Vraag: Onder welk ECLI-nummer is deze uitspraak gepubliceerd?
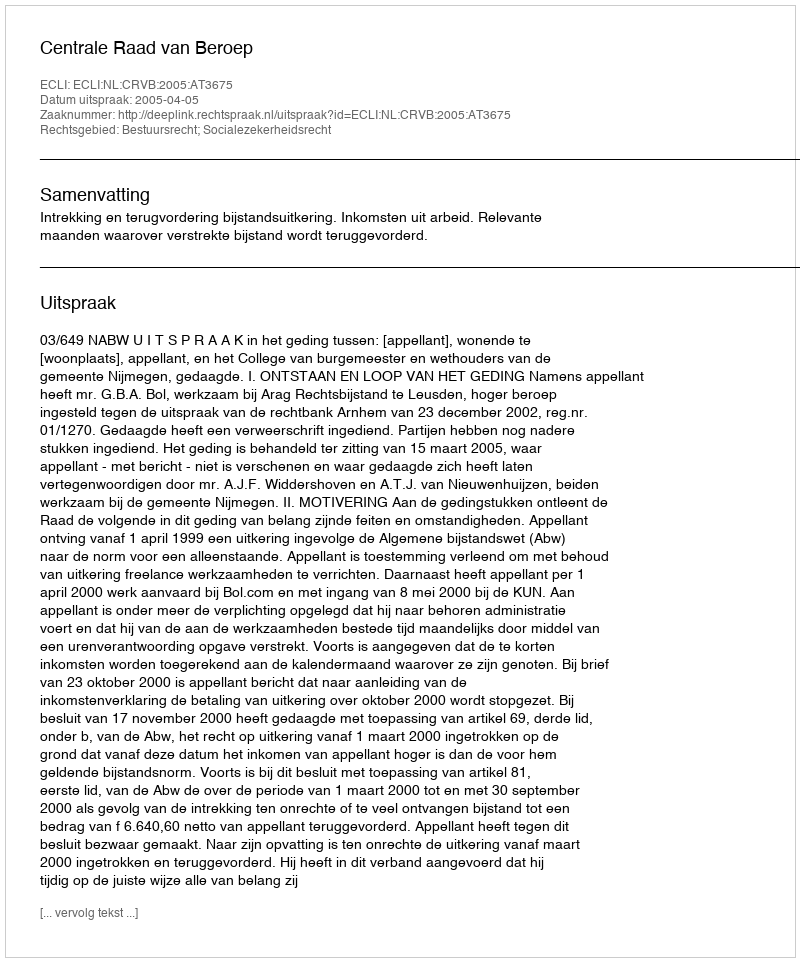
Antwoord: ECLI:NL:CRVB:2005:AT3675